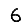
Digit: 6